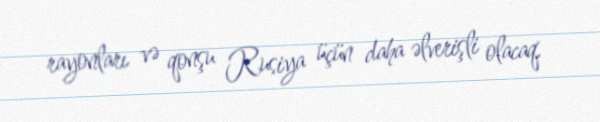
rayonları və qonşu Rusiya üçün daha əlverişli olacaq.